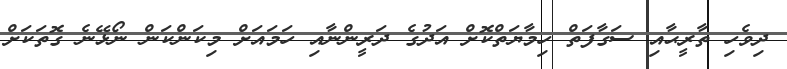
ދިވެހި ތާރީޙާއި ސަގާފަތް ހިމާޔަތްކޮށް އަދުގެ ދަރީންނާއި ހަމައަށް މިކަންކަން ނޯޅޭނެ ގޮތަކަށް